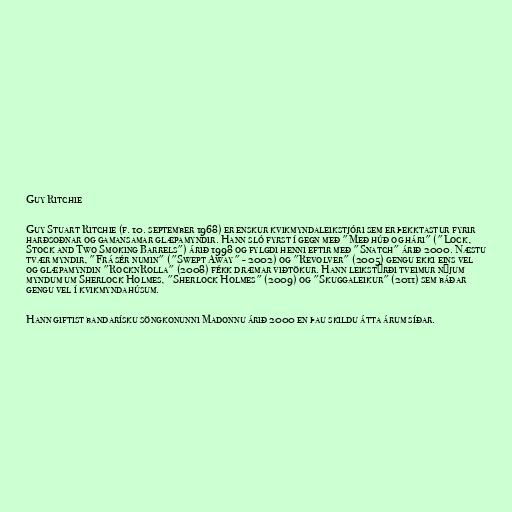
Guy Ritchie

Guy Stuart Ritchie (f. 10. september 1968) er enskur kvikmyndaleikstjóri sem er þekktastur fyrir
harðsoðnar og gamansamar glæpamyndir. Hann sló fyrst í gegn með "Með húð og hári" ("Lock,
Stock and Two Smoking Barrels") árið 1998 og fylgdi henni eftir með "Snatch" árið 2000. Næstu
tvær myndir, "Frá sér numin" ("Swept Away" - 2002) og "Revolver" (2005) gengu ekki eins vel
og glæpamyndin "RocknRolla" (2008) fékk dræmar viðtökur. Hann leikstýrði tveimur nýjum
myndum um Sherlock Holmes, "Sherlock Holmes" (2009) og "Skuggaleikur" (2011) sem báðar
gengu vel í kvikmyndahúsum.

Hann giftist bandarísku söngkonunni Madonnu árið 2000 en þau skildu átta árum síðar.